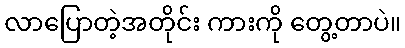
လာပြောတဲ့အတိုင်း ကားကို တွေ့တာပဲ။